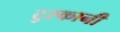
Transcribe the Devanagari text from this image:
टुस्कानी